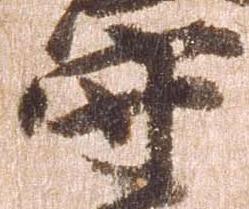
守